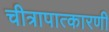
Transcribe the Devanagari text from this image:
चीत्रापात्कारणी